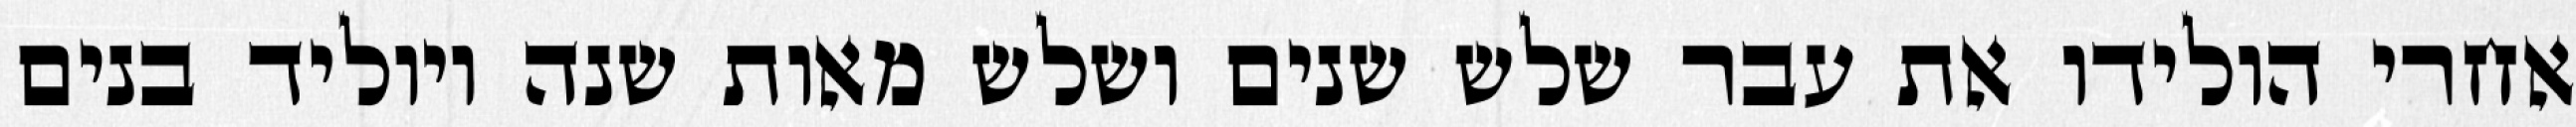
אחרי הולידו את עבר שלש שנים ושלש מאות שנה ויוליד בנים